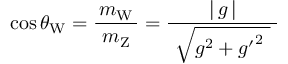
\cos \theta _ { \mathrm { W } } = { \frac { m _ { \mathrm { W } } } { \ m _ { \mathrm { Z } } \ } } = { \frac { \left| \, g \, \right| } { \ { \sqrt { g ^ { 2 } + { g ^ { \prime } } ^ { 2 } \ } } \ } }